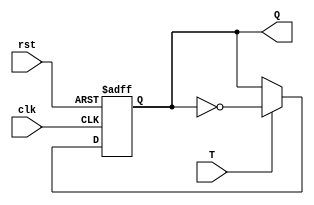
module TFF(clk, rst, T, Q);

input T, clk, rst;
output reg Q;

always @(posedge clk or negedge rst)
begin
    if(!rst)
        Q <= 1'b0;
    else if(T)
        Q <= ~Q;
end

endmodule